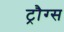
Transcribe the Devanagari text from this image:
ट्रौग्स